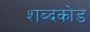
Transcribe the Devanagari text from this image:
शब्दकोड